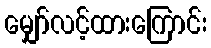
မျှော်လင့်ထားကြောင်း